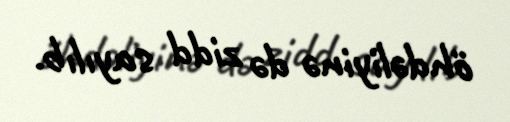
öhdəliyinə də zidd sayılıb.